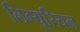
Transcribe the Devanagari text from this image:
लिग्यूरियन